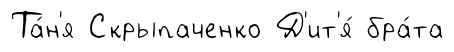
Та́н'я Скрыпаченко Д'ит'я́ бра́та